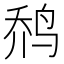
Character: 𱉬